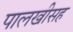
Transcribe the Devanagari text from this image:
पालखीसह